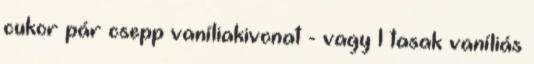
cukor pár csepp vaníliakivonat - vagy 1 tasak vaníliás